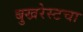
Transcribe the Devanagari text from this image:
बुखरेस्टचा